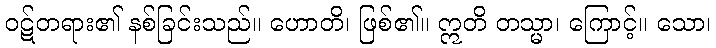
ဝဋ်တရား၏ နစ်ခြင်းသည်။ ဟောတိ၊ ဖြစ်၏။ ဣတိ တသ္မာ၊ ကြောင့်။ သော၊